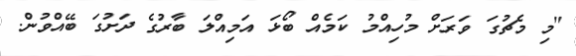
"މި މެޗުގަ ވަރަށް މުހިއްމު ކަމެއް ބޯޅަ އަމިއްލަ ބާރުގެ ދަށުގަ ބޭއްވުން.